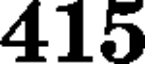
415